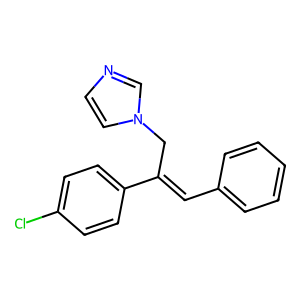
SMILES: Clc1ccc(C(=Cc2ccccc2)Cn2ccnc2)cc1
Inhibits HIV replication: No